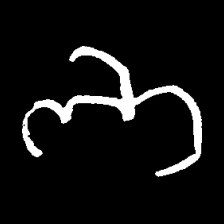
Pyu character \u2014 Myanmar letter: ဘ (romanized: bha)